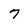
Character: 7